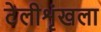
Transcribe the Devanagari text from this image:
टेलीशृंखला